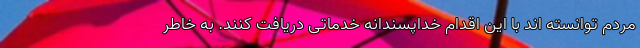
مردم توانسته اند با این اقدام خداپسندانه خدماتی دریافت کنند. به خاطر